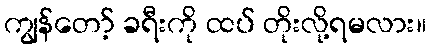
ကျွန်တော့် ခရီးကို ထပ် တိုးလို့ရမလား။